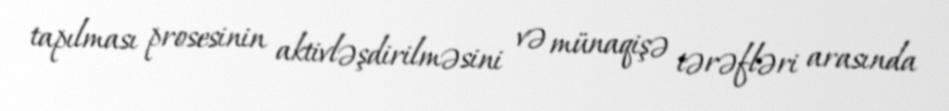
tapılması prosesinin aktivləşdirilməsini və münaqişə tərəfləri arasında